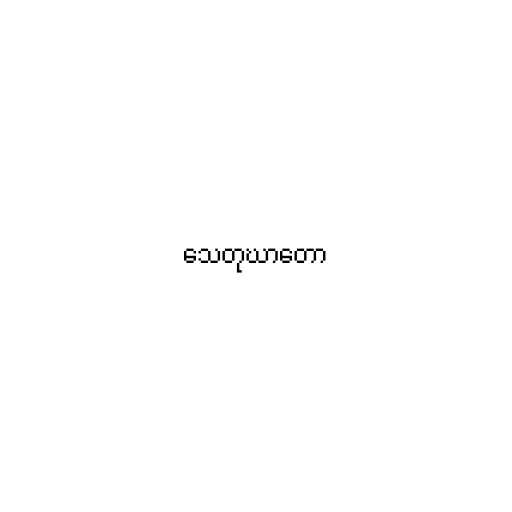
သေတုဃာတော